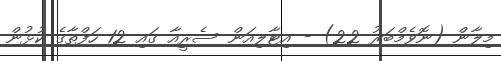
މިލާން (ނޮވެމްބަރު 22) - އިޓާލިއަން ސެރީއާ ގައި 12 ހަފްތާގެ ކުޅުން